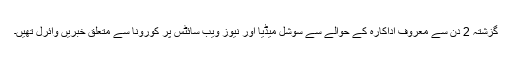
گزشتہ 2 دن سے معروف اداکارہ کے حوالے سے سوشل میڈیا اور نیوز ویب سائٹس پر کورونا سے متعلق خبریں وائرل تھیں۔